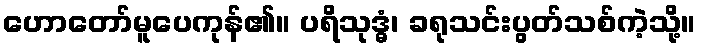
ဟောတော်မူပေကုန်၏။ ပရိသုဒ္ဓံ၊ ခရုသင်းပွတ်သစ်ကဲ့သို့။